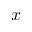
x